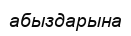
абыздарына